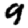
Digit: 9